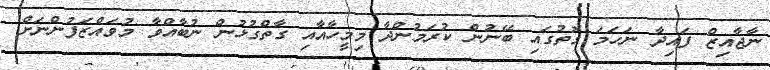
ނާޖާއިޒް ފައިދާ ނަހަމަ ގޮތުގައި ބޭނުން ކުރަމުންދާ މިމީހާއާއި ގާތްގުޅުން ނުބާއްވާ މުވައްޒަފުންނަށް